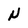
Character: N